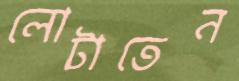
লোটাতেন